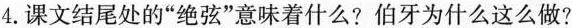
4.课文结尾处的”绝弦”意味着什么?伯牙为什么这么做?